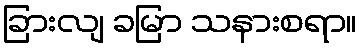
ခြားလျ ခမြာ သနားစရာ။